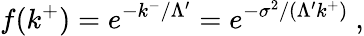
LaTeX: f(k^{+})=e^{-k^{-}/\Lambda^{\prime}}=e^{-\sigma^{2}/(\Lambda^{\prime}k^{+})}~,